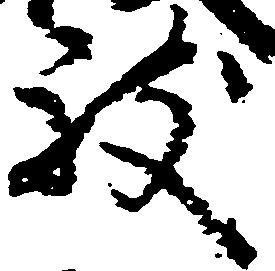
致